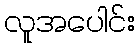
လူအပေါင်း